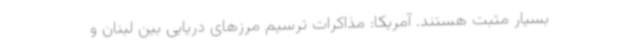
بسیار مثبت هستند. آمریکا: مذاکرات ترسیم مرزهای دریایی بین لبنان و